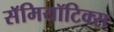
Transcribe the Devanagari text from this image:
सॅमियॉटिक्स